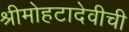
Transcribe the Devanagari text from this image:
श्रीमोहटादेवीची